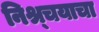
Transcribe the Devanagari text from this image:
निश्र्चयाचा